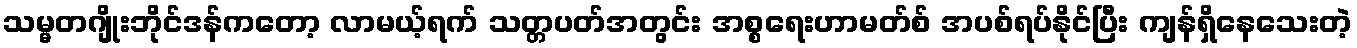
သမ္မတဂျိုးဘိုင်ဒန်ကတော့ လာမယ့်ရက် သတ္တပတ်အတွင်း အစ္စရေးဟာမတ်စ် အပစ်ရပ်နိုင်ပြီး ကျန်ရှိနေသေးတဲ့